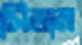
সিলাম